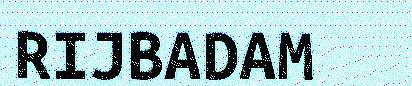
RIJBADAM